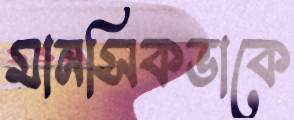
মানসিকভাকে